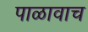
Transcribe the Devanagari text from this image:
पाळावाच